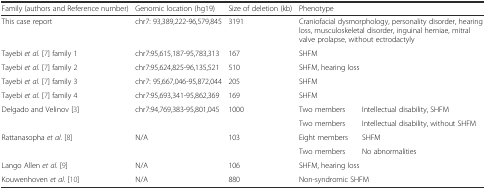
<table><thead><tr><td><b>Family (authors and Reference number)</b></td><td><b>Genomic location (hg19)</b></td><td><b>Size of deletion (kb)</b></td><td colspan="2"><b>Phenotype</b></td></tr></thead><tbody><tr><td>This case report</td><td>chr7: 93,389,222-96,579,845</td><td>3191</td><td colspan="2">Craniofacial dysmorphology, personality disorder, hearing loss, musculoskeletal disorder, inguinal herniae, mitral valve prolapse, without ectrodactyly</td></tr><tr><td>Tayebi <i>et al</i>. [7] family 1</td><td>chr7:95,615,187-95,783,313</td><td>167</td><td colspan="2">SHFM</td></tr><tr><td>Tayebi <i>et al</i>. [7] family 2</td><td>chr7:95,624,825-96,135,521</td><td>510</td><td colspan="2">SHFM, hearing loss</td></tr><tr><td>Tayebi <i>et al</i>. [7] family 3</td><td>chr7: 95,667,046-95,872,044</td><td>205</td><td colspan="2">SHFM</td></tr><tr><td>Tayebi <i>et al</i>. [7] family 4</td><td>chr7:95,693,341-95,862,369</td><td>169</td><td colspan="2">SHFM</td></tr><tr><td rowspan="2">Delgado and Velinov [3]</td><td rowspan="2">chr7:94,769,383-95,801,045</td><td rowspan="2">1000</td><td>Two members</td><td>Intellectual disability, SHFM</td></tr><tr><td>Two members</td><td>Intellectual disability, without SHFM</td></tr><tr><td rowspan="2">Rattanasopha <i>et al</i>. [8]</td><td rowspan="2">N/A</td><td rowspan="2">103</td><td>Eight members</td><td>SHFM</td></tr><tr><td>Two members</td><td>No abnormalities</td></tr><tr><td>Lango Allen <i>et al</i>. [9]</td><td>N/A</td><td>106</td><td colspan="2">SHFM, hearing loss</td></tr><tr><td>Kouwenhoven <i>et al</i>. [10]</td><td>N/A</td><td>880</td><td colspan="2">Non-syndromic SHFM</td></tr></tbody></table>